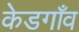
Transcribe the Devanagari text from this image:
केडगाँव